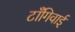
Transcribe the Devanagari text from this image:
टाँगिवाई